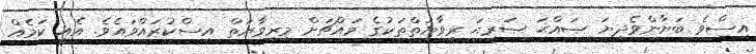
އިސްވެ ބަޔާންވެދިޔަ ޞައްޙަ ޞަރީޙަ ރިވާޔަތްތަކުގެ މައްޗަށް މިރިވާޔަތް އިސްކުރައްވައެވެ. އެއީ ކަމެއް